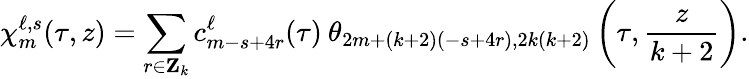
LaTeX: \chi_{m}^{\ell,s}(\tau,z)=\sum_{r\in{\mathbf Z}_{k}}c_{m-s+4r}^{\ell}(\tau)\: \theta_{2m+(k+2)(-s+4r),2k(k+2)}\left(\tau,\frac{z}{k+2}\right).